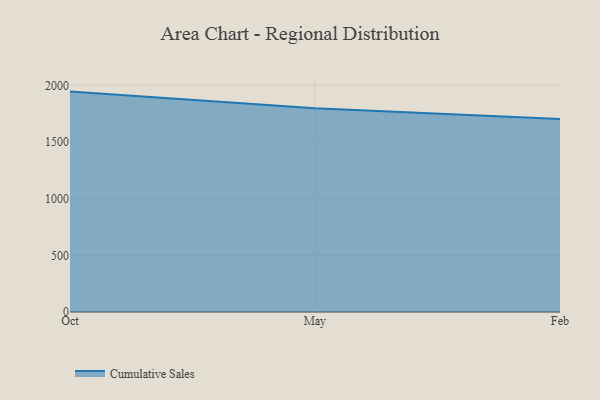
{"axis": {"x": "Month", "y": "Humidity (%)"}, "legend": ["Cumulative Sales"], "data": [{"x": "Oct", "y": 1944.8, "type": "Cumulative Sales"}, {"x": "May", "y": 1797.7, "type": "Cumulative Sales"}, {"x": "Feb", "y": 1703.8, "type": "Cumulative Sales"}]}